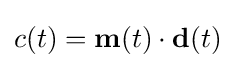
c(t)={\textbf {m}}(t)\cdot {\textbf {d}}(t)